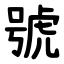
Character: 號